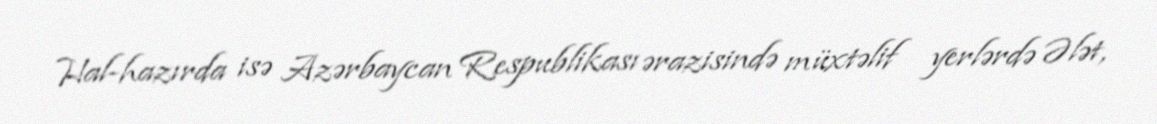
Hal-hazırda isə Azərbaycan Respublikası ərazisində müxtəlif yerlərdə Ələt,